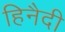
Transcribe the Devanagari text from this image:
हिनैदी